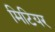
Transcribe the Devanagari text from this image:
मिटियर